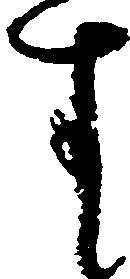
す